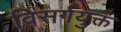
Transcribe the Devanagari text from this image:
विसर्गयुक्त